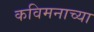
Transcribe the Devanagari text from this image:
कविमनाच्या